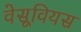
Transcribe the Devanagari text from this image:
वेसूवियस